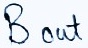
Text: Bout